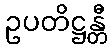
ဥပတိဋ္ဌန္တီ